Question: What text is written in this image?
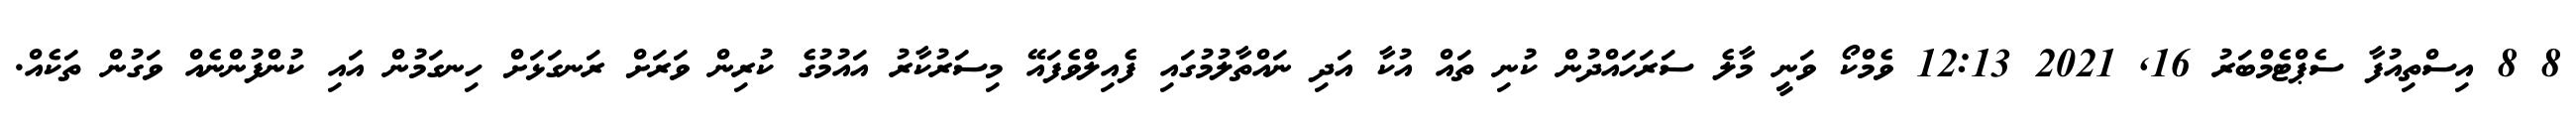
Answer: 8 8 އިސްތިއުފާ ސެޕްޓެމްބަރު 16, 2021 12:13 ވެމްކޯ ވަނީ މާލެ ސަރަހައްދުން ކުނި ތައް އުކާ އަދި ނައްތާލުމުގައި ފެއިލްވެފައޭ މިސަރުކާރު އައުމުގެ ކުރިން ވަރަށް ރަނގަޅަށް ހިނގަމުން އައި ކުންފުންނެއް ވަގުން ތަކެއް.